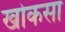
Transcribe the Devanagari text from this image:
खोकसा